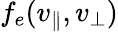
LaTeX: f_{e}(v_{\| },v_{\perp})